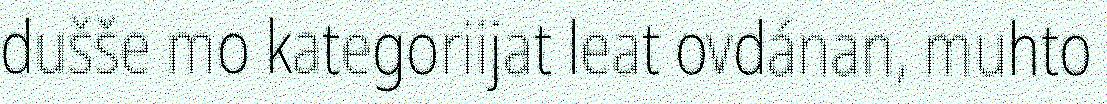
dušše mo kategoriijat leat ovdánan, muhto